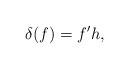
LaTeX: \begin{align*}\delta(f) = f' h,\end{align*}